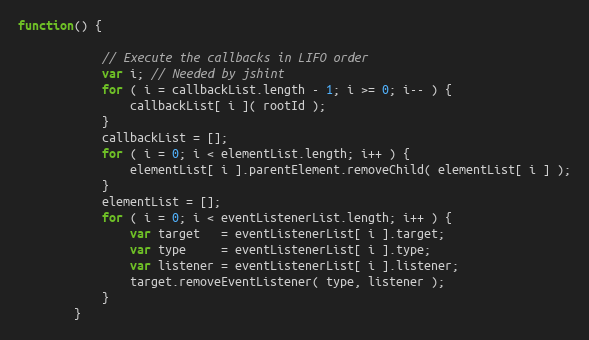
Language: JavaScript
function() {

            // Execute the callbacks in LIFO order
            var i; // Needed by jshint
            for ( i = callbackList.length - 1; i >= 0; i-- ) {
                callbackList[ i ]( rootId );
            }
            callbackList = [];
            for ( i = 0; i < elementList.length; i++ ) {
                elementList[ i ].parentElement.removeChild( elementList[ i ] );
            }
            elementList = [];
            for ( i = 0; i < eventListenerList.length; i++ ) {
                var target   = eventListenerList[ i ].target;
                var type     = eventListenerList[ i ].type;
                var listener = eventListenerList[ i ].listener;
                target.removeEventListener( type, listener );
            }
        }